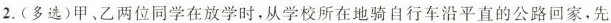
2.(多选)甲、乙两位同学在放学时，从学校所在地骑自行车沿平直的公路回家。先x/kmt